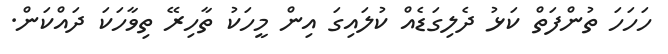
ހަހަހަ ތުންފަތް ކަޅު ދެލިގަޑެއް ކުލައިގަ އިން މީހަކު ތާހިރޭ ތިވާހަކަ ދައްކަން.